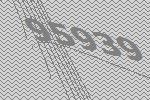
95939